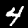
Digit: 4